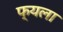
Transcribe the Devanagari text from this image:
फ्यला